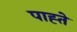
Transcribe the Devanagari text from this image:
पाह्ते